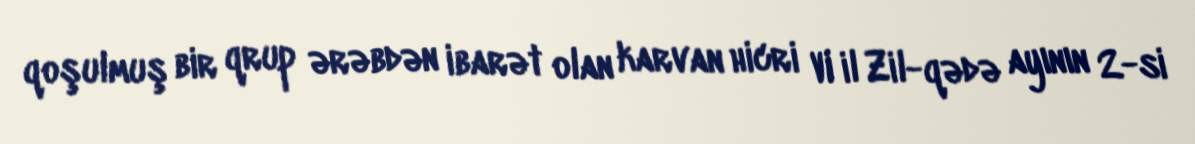
qoşulmuş bir qrup ərəbdən ibarət olan karvan hicri VI il Zil-qədə ayının 2-si